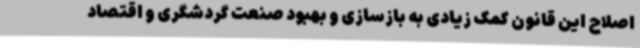
اصلاح این قانون کمک زیادی به بازسازی و بهبود صنعت گردشگری و اقتصاد